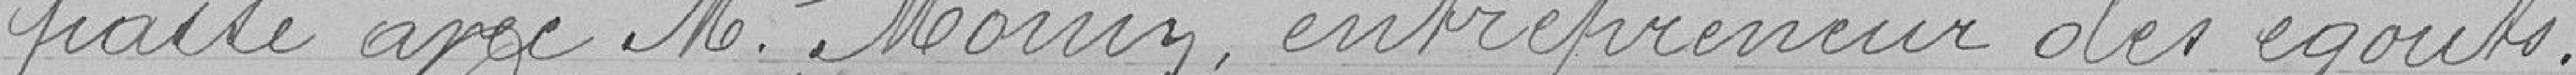
passé avec M. Monin, entrepreneur des égouts .